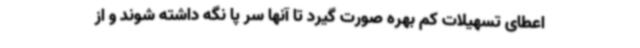
اعطای تسهیلات کم بهره صورت گیرد تا آنها سر پا نگه داشته شوند و از